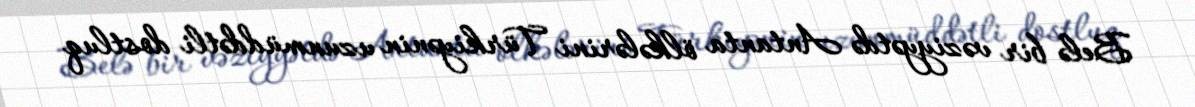
Belə bir vəziyyətdə Antanta ölkələrini Türkiyənin uzunmüddətli dostluq